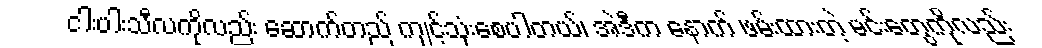
ငါးပါးသီလကိုလည်း ဆောက်တည် ကျင့်သုံးစေပါတယ်၊ အဲဒီက နောက် ဖမ်းထားတဲ့ မင်းတွေကိုလည်း